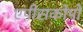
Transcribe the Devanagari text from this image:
एपीसकोपो